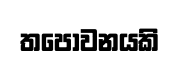
තපෝවනයකි